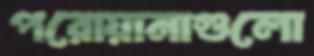
পরোয়ানাগুলো